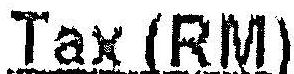
TAX (RM)